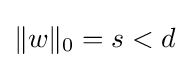
\|w\|_{0}=s<d